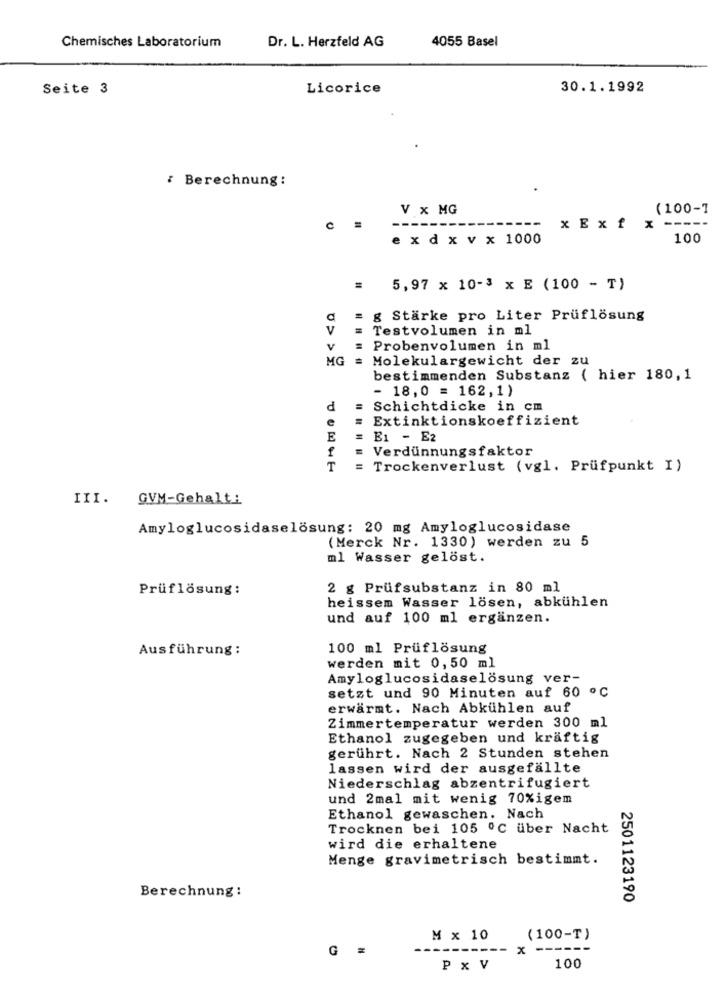
Chemisches Laboratorium
Dr. L. Herzfeld AG
4055 Basel
Seite 3
Licorice
30.1.1992
: Berechnung:
V x MG
(100-1
--------
c =
x E xf x -----
e xd x v x 1000
100
5,97 x 10-3 x E (100 - T)
g Stärke pro Liter Prüflösung
y
Testvolumen in ml
V
: Probenvolumen in ml
MG
= Molekulargewicht der zu
bestimmenden Substanz ( hier 180,1
- 18,0 = 162,1)
d
Schichtdicke in cm
e
Extinktionskoeffizient
E
E1 - E2
Verdünnungsfaktor
T
Trockenverlust (vgl. Prüfpunkt I)
III. GVM-Gehalt:
Amyloglucosidaselösung: 20 mg Amyloglucosidase
(Merck Nr. 1330) werden zu 5
ml Wasser gelöst.
Prüflösung:
2 g Prüfsubstanz in 80 ml
heissem Wasser lösen, abkühlen
und auf 100 ml ergänzen.
Ausführung:
100 ml Prüflösung
werden mit 0,50 ml
Amyloglucosidaselosung ver-
setzt und 90 Minuten auf 60 º℃
erwärmt. Nach Abkühlen auf
Zimmertemperatur werden 300 ml
Ethanol zugegeben und kräftig
gerührt. Nach 2 Stunden stehen
lassen wird der ausgefällte
Niederschlag abzentrifugiert
und 2mal mit wenig 70%igem
Ethanol gewaschen. Nach
Trocknen bei 105 ℃ über Nacht
wird die erhaltene
Menge gravimetrisch bestimmt.
Berechnung :
2501123190
M x 10
(100-T)
G =
x
------
P x V
100